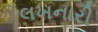
લખનારી